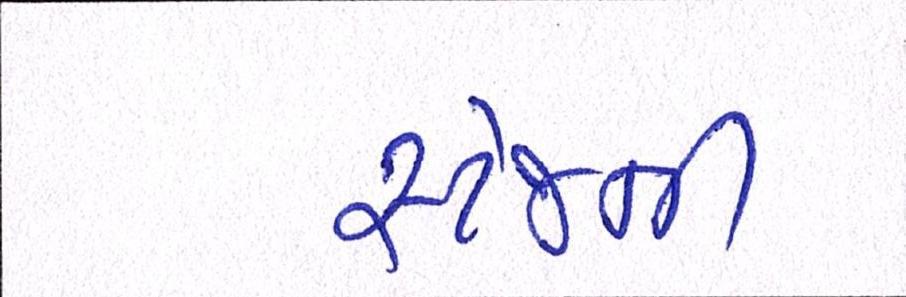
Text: સ્ટેજની